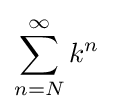
\sum _{n=N}^{\infty }k^{n}